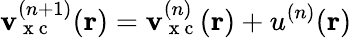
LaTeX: \mathbf{v}_{\mathrm{{~x~c~}}}^{(n+1)}(\boldsymbol{\textbf{{r}}})=\mathbf{v}_{\mathrm{{~x~c~}}}^{(n)}(\boldsymbol{\textbf{{r}}})+u^{(n)}(\boldsymbol{\textbf{{r}}})